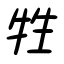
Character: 牲